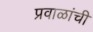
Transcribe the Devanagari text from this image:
प्रवाळांची